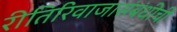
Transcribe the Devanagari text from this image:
रीतिरिवाजासंबंधीची